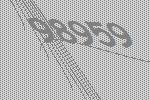
98959